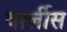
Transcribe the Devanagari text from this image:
वार्लीस